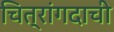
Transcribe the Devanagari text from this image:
चित्रांगदाची